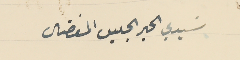
سَيدي الحبر الجليل المفضال